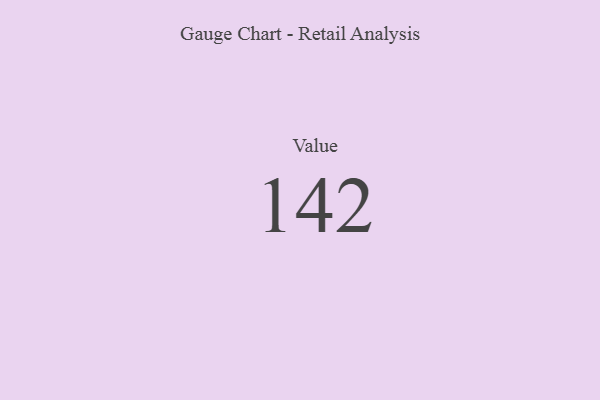
{"axis": {"x": "Metric", "y": "Value"}, "legend": [""], "data": [{"x": "Value", "y": 142, "type": ""}]}